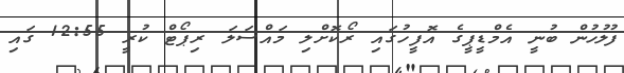
ފުލުހުން ބުނީ އެމްޑީޕީގެ އޮފީހުގައި ރޯކޮށްލި މައްސަލަ ރިޕޯޓް ކުރީ 12:55 ގައި